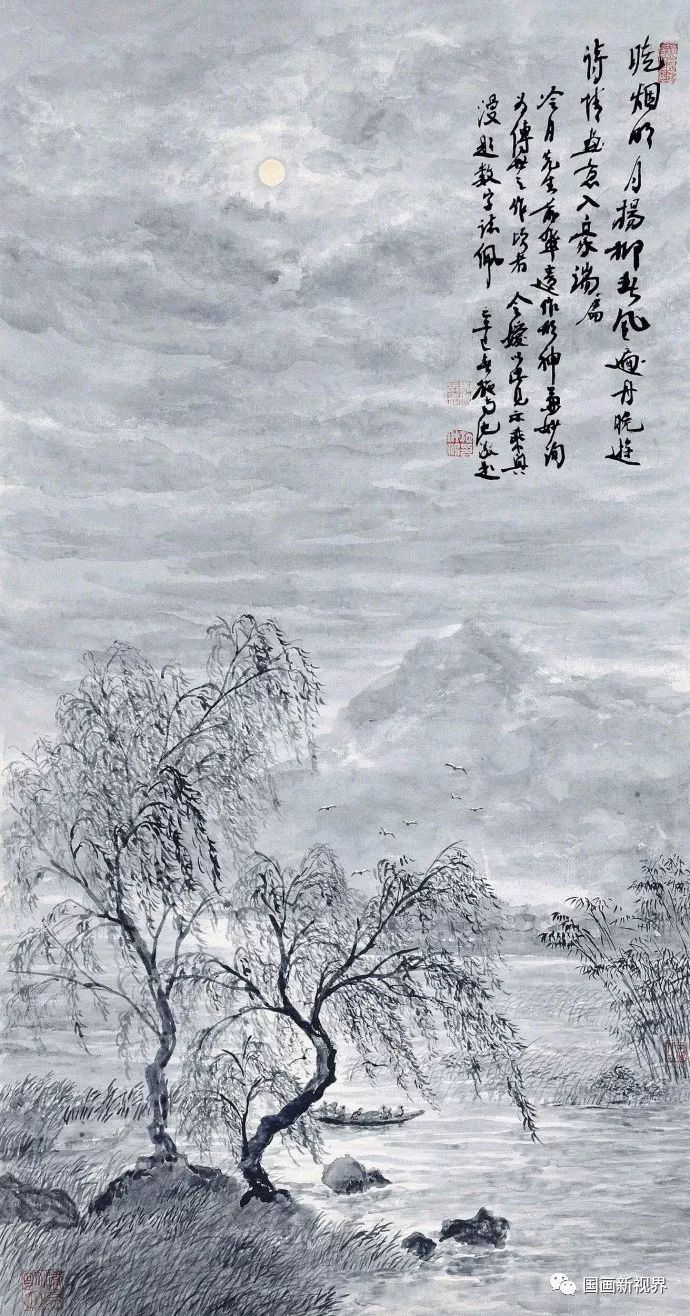
此时瞻白兔，直欲数秋毫。